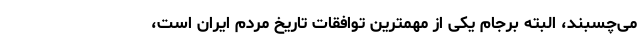
می‌چسبند، البته برجام یکی از مهمترین توافقات تاریخ مردم ایران است،